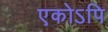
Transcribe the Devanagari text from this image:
एकोऽपि